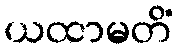
ယထာမတိံ